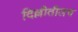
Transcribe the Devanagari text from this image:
दिल्लीतीलच